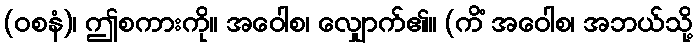
(ဝစနံ)၊ ဤစကားကို။ အဝေါစ၊ လျှောက်၏။ (ကိံ အဝေါစ၊ အဘယ်သို့